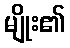
မျိုး၏